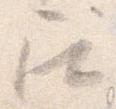
召